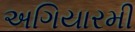
અગિયારમી